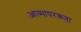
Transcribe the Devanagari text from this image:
आत्मापरकता